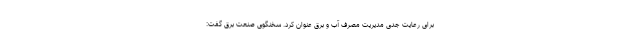
برای رعایت جدی مدیریت مصرف آب و برق عنوان کرد. سخنگوی صنعت برق گفت: